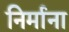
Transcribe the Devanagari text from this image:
निर्माना